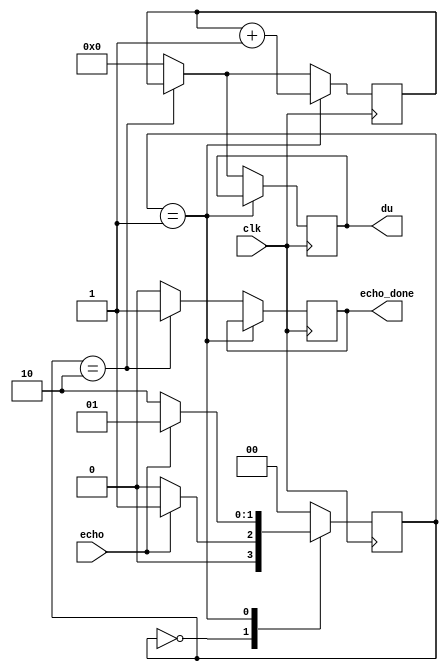
`timescale 1ns / 1ps

module echo_ckt(
  input clk,
  input echo,
  output echo_done,
  output [19:0] du
);
  
  reg [19:0] du_reg = 0;
  assign du = du_reg;
  
  reg echo_done_reg = 0;
  assign echo_done = echo_done_reg;
  
  reg [19:0] cnt = 0;
    
  parameter [1:0] IDLE = 2'b00;
  parameter [1:0] ECHO = 2'b01;
  parameter [1:0] DONE = 2'b10;
  
  reg [1:0] state = IDLE;
  reg [1:0] next_state = IDLE;  
    
  always@(posedge clk) begin
  	state <= next_state;
  end
  
   always@* begin
     case(state)
       IDLE: 
       		if(echo) next_state <= ECHO;
       	 	else	next_state <= IDLE;
       ECHO:
         if(echo) next_state <= ECHO;
       		else 	next_state <= DONE;
       DONE:
         	next_state <= IDLE;
       
       default:
         	next_state <= IDLE;
     endcase
   end
       
   always@(posedge clk) begin
     if (state==ECHO) begin
     	cnt <= cnt + 1;
     end else if(state==DONE) begin
     	du_reg <= cnt;
        echo_done_reg <= 1;
     end else begin
     	cnt <= 0;
        du_reg <= 0;
        echo_done_reg <= 0;
     end
   end
       
       
endmodule